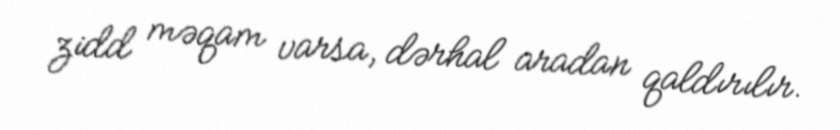
zidd məqam varsa, dərhal aradan qaldırılır.